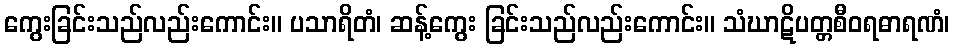
ကွေးခြင်းသည်လည်းကောင်း။ ပသာရိတံ၊ ဆန့်ကွေး ခြင်းသည်လည်းကောင်း။ သံဃာဋိပတ္တစီဝရဓာရဏံ၊